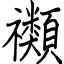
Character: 禷